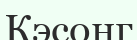
Кэсонг